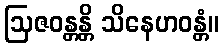
ဩဇဝန္တန္တိ သိနေဟဝန္တံ။